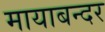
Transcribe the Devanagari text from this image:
मायाबन्दर